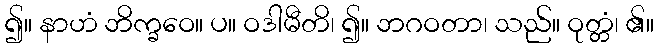
၍။ နာဟံ ဘိက္ခဝေ။ ပ။ ဝဒါမီတိ၊ ၍။ ဘဂဝတာ၊ သည်။ ဝုတ္တံ၊ ၏။